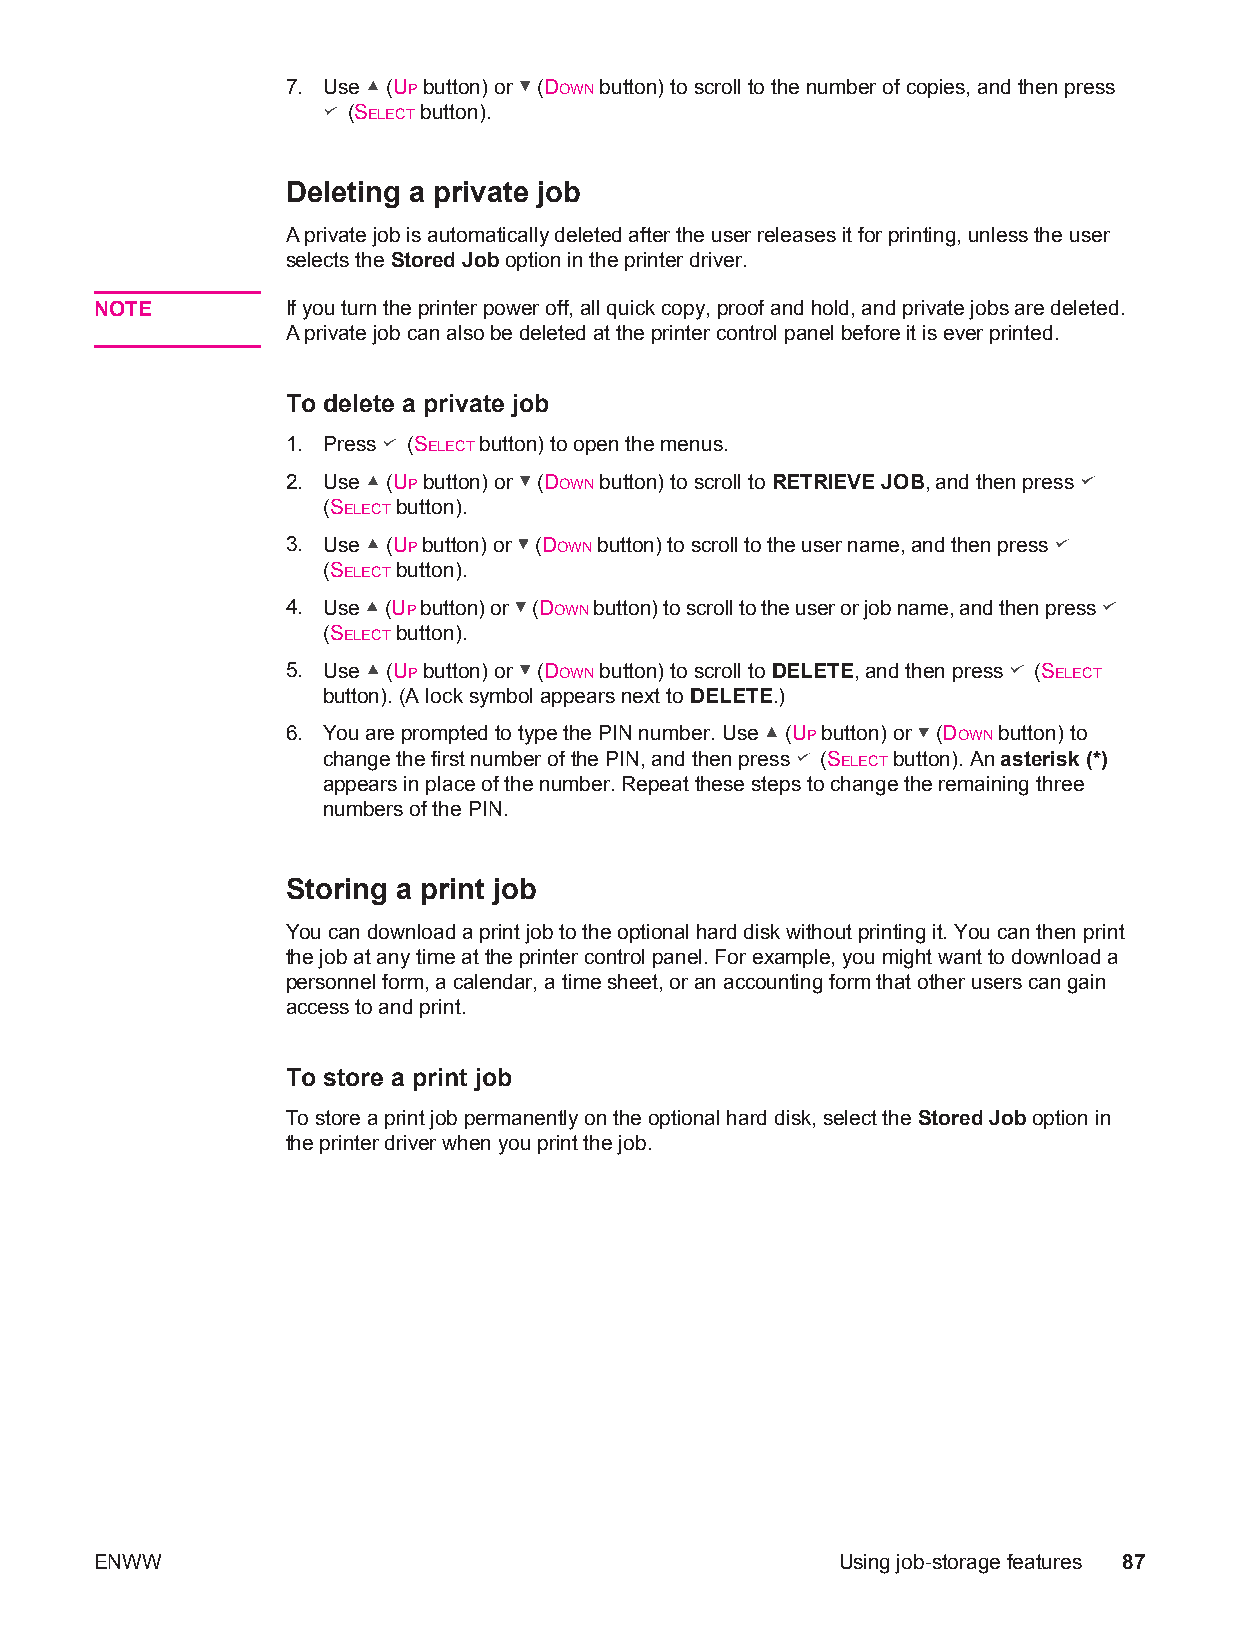
7. Use (UP button) or (DOWN button) to scroll to the number of copies, and then press
 (SELECT button).
 Deleting a private job
 A private job is automatically deleted after the user releases it for printing, unless the user
 selects the Stored Job option in the printer driver.
 NOTE         If you turn the printer power off, all quick copy, proof and hold, and private jobs are deleted.
 A private job can also be deleted at the printer control panel before it is ever printed.
 To delete a private job
 1. Press (SELECT button) to open the menus.
 2. Use (UP button) or (DOWN button) to scroll to RETRIEVE JOB, and then press
 (SELECT button).
 3. Use (UP button) or (DOWN button) to scroll to the user name, and then press
 (SELECT button).
 4. Use (UP button) or (DOWN button) to scroll to the user or job name, and then press
 (SELECT button).
 5. Use (UP button) or (DOWN button) to scroll to DELETE, and then press (SELECT
 button). (A lock symbol appears next to DELETE.)
 6. You are prompted to type the PIN number. Use (UP button) or (DOWN button) to
 change the first number of the PIN, and then press (SELECT button). An asterisk (*)
 appears in place of the number. Repeat these steps to change the remaining three
 numbers of the PIN.
 Storing a print job
 You can download a print job to the optional hard disk without printing it. You can then print
 the job at any time at the printer control panel. For example, you might want to download a
 personnel form, a calendar, a time sheet, or an accounting form that other users can gain
 access to and print.
 To store a print job
 To store a print job permanently on the optional hard disk, select the Stored Job option in
 the printer driver when you print the job.
 ENWW                                             Using job-storage features 87